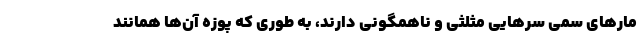
مارهای سمی سرهایی مثلثی و ناهمگونی دارند، به طوری که پوزه آن‌ها همانند